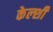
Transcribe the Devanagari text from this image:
केल्शी